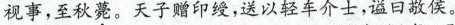
视事，至秋薨。天子赠印绶，送以轻车介士，谥口敬侯。